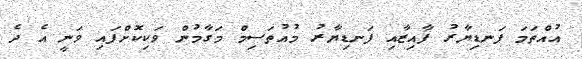
އުއްތަމަ ފަނޑިޔާރު ފާއިޒާއި ފަނޑިޔާރު މުއުތަސިމް މަގާމުން ވަކިކޮށްފައި ވަނީ އެ ދެ